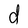
Character: d